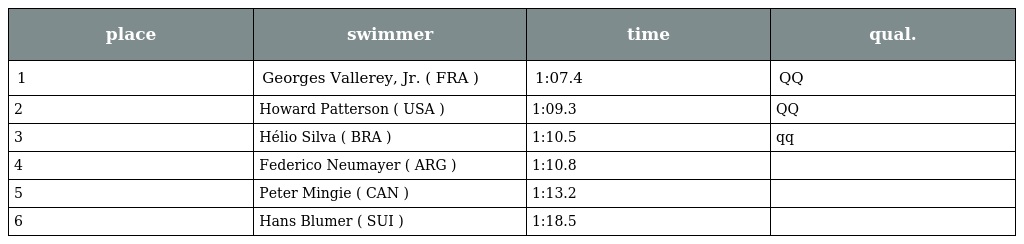
| place | swimmer | time | qual. |
 | --- | --- | --- | --- |
 | 1 | Georges Vallerey, Jr. ( FRA ) | 1:07.4 | QQ |
 | 2 | Howard Patterson ( USA ) | 1:09.3 | QQ |
 | 3 | Hélio Silva ( BRA ) | 1:10.5 | qq |
 | 4 | Federico Neumayer ( ARG ) | 1:10.8 |  |
 | 5 | Peter Mingie ( CAN ) | 1:13.2 |  |
 | 6 | Hans Blumer ( SUI ) | 1:18.5 |  |